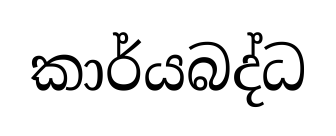
කාර්යබද්ධ